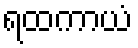
ရထကာယံ